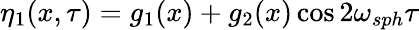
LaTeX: \eta_{1}(x,\tau)=g_{1}(x)+g_{2}(x)\cos 2\omega_{sph}\tau